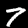
Digit: 7